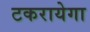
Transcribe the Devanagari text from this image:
टकरायेगा